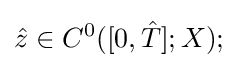
{\hat {z}}\in C^{0}([0,{\hat {T}}];X);